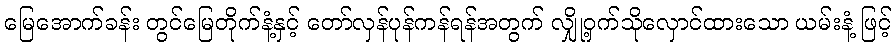
မြေအောက်ခန်း တွင်မြေတိုက်နံ့နှင့် တော်လှန်ပုန်ကန်ရန်အတွက် လျှို့ဝှက်သိုလှောင်ထားသော ယမ်းနံ့ ဖြင့်